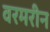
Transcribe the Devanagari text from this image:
वरमरीन